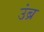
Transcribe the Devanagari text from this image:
उंब्र